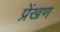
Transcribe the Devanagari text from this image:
प्रेंखण